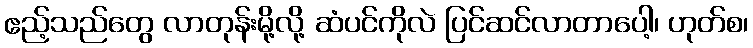
ဧည့်သည်တွေ လာတုန်းမို့လို့ ဆံပင်ကိုလဲ ပြင်ဆင်လာတာပေါ့၊ ဟုတ်စ၊